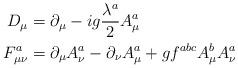
LaTeX: \begin{align*}D_\mu &= \partial_\mu - ig \frac{\lambda^a}{2} A^a_\mu \\F^a_{\mu\nu} &= \partial_\mu A^a_\nu - \partial_\nu A^a_\mu + g f^{abc} A^b_\mu A^a_\nu \end{align*}